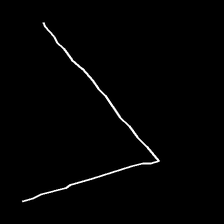
Glyph: region